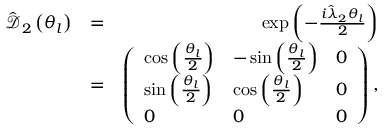
\begin{array} { r l r } { \hat { \mathcal D } _ { 2 } \left( \theta _ { l } \right) } & { = } & { \exp \left( - \frac { i \hat { \lambda } _ { 2 } \theta _ { l } } { 2 } \right) } \\ & { = } & { \left( \begin{array} { l l l } { \cos \left( \frac { \theta _ { l } } { 2 } \right) } & { - \sin \left( \frac { \theta _ { l } } { 2 } \right) } & { 0 } \\ { \sin \left( \frac { \theta _ { l } } { 2 } \right) } & { \cos \left( \frac { \theta _ { l } } { 2 } \right) } & { 0 } \\ { 0 } & { 0 } & { 0 } \end{array} \right) , } \end{array}